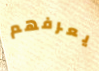
يعرفهم